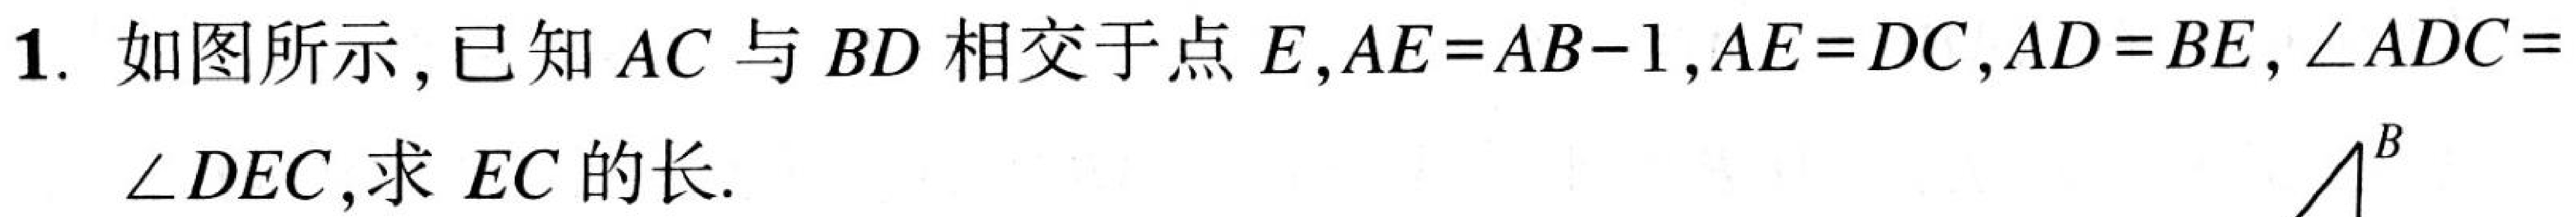
1. 如图所示，已知\(AC\)与\(BD\)相交于点\(E\)，\(AE = AB - 1\)，\(AE = DC\)，\(AD = BE\)，\(\angle ADC =\)
\(\angle DEC\)，求 \(EC\)的长.